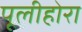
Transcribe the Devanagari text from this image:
पूलीहोरा